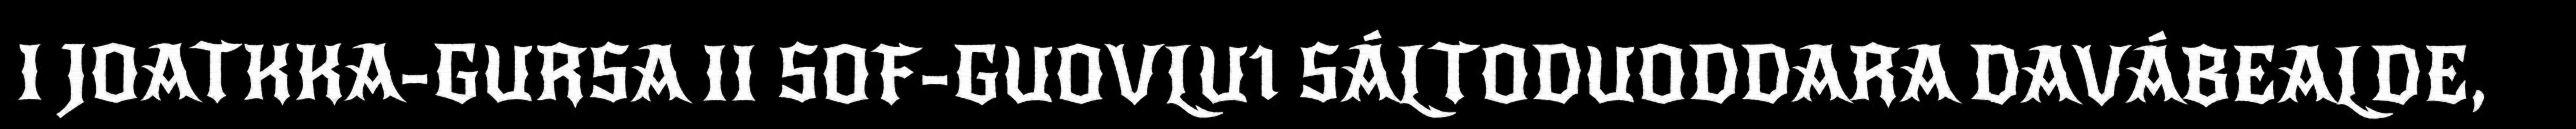
I JOATKKA-GURSA II SOF-GUOVLU1 SÁLTODUODDARA DAVÁBEALDE,